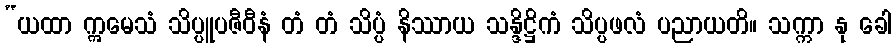
“ယထာ ဣမေသံ သိပ္ပူပဇီဝီနံ တံ တံ သိပ္ပံ နိဿာယ သန္ဒိဋ္ဌိကံ သိပ္ပဖလံ ပညာယတိ။ သက္ကာ နု ခေါ